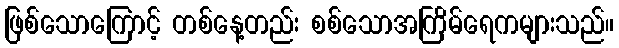
ဖြစ်သောကြောင့် တစ်နေ့တည်း စစ်သောအကြိမ်ရေကများသည်။